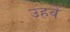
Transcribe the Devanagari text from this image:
उहवें